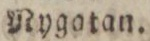
Nygatan.